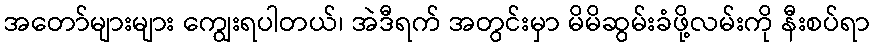
အတော်များများ ကျွေးရပါတယ်၊ အဲဒီရက် အတွင်းမှာ မိမိဆွမ်းခံဖို့လမ်းကို နီးစပ်ရာ